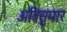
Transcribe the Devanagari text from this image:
अतिसुमार